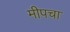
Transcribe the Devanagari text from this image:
मीपचा